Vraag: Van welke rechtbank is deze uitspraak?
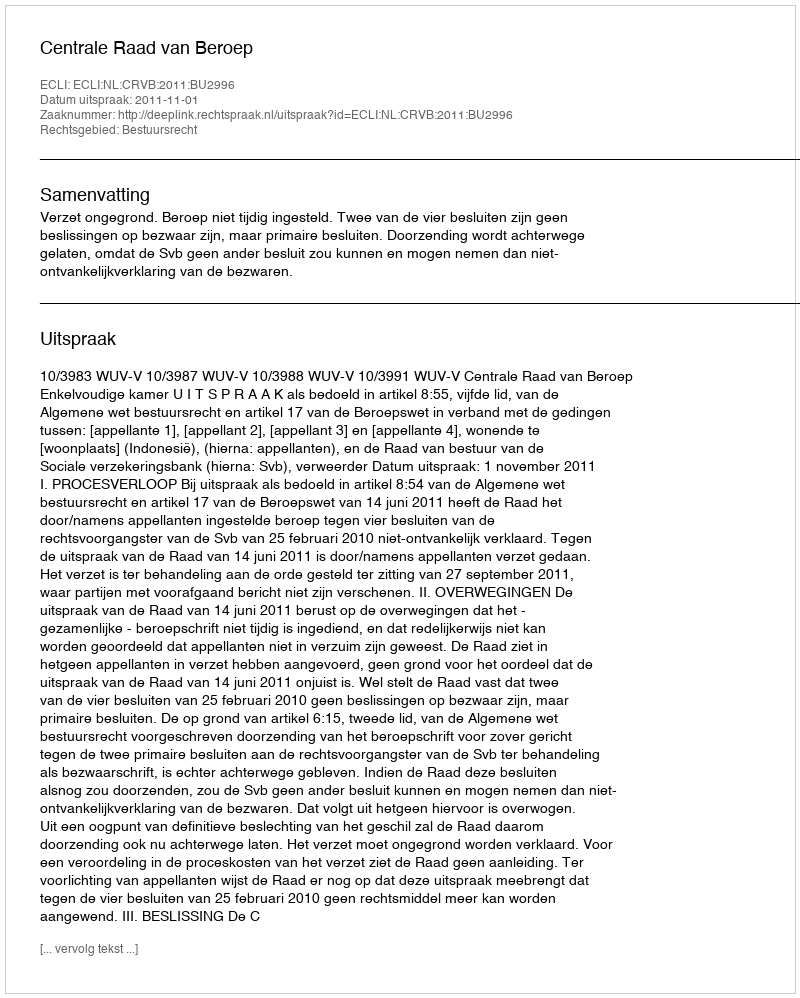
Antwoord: Centrale Raad van Beroep